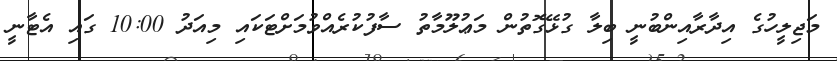
މަޖިލީހުގެ އިދާރާއިންބުނީ ބިލާ ގުޅޭގޮތުން މަޢުލޫމާތު ސާފުކުރެއްވުމަށްޓަކައި މިއަދު 10:00 ގައި އެޓާނީ